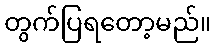
တွက်ပြရတော့မည်။